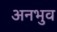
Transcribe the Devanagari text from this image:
अनभुव